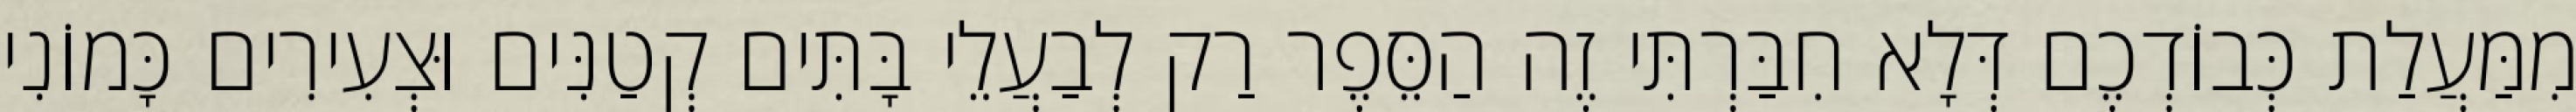
מִמַּעֲלַת כְּבוֹדְכֶם דְּלָא חִבַּרְתִּי זֶה הַסֵּפֶר רַק לְבַעֲלֵי בָּתִּים קְטַנִּים וּצְעִירִים כָּמוֹנִי